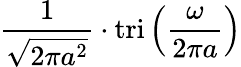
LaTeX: {\frac{1}{\sqrt{2\pi a^{2}}}}\cdot\operatorname{tri}\left({\frac{\omega}{2\pi a}}\right)